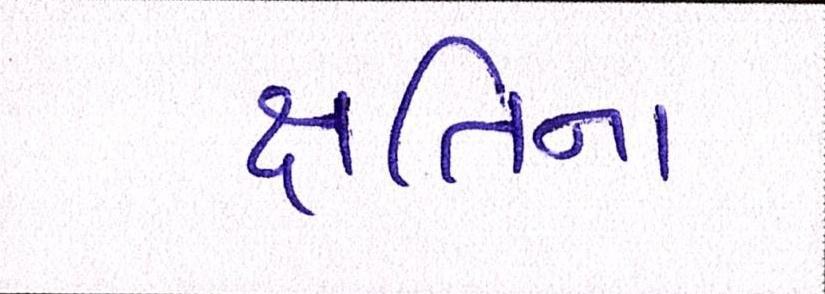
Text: ક્ષતિના